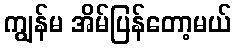
ကျွန်မ အိမ်ပြန်တော့မယ်